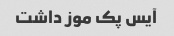
آیس پک موز داشت